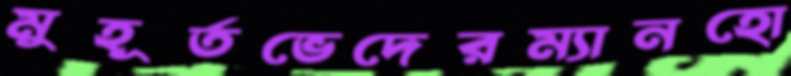
মুহূর্তভেদেরম্যানহো